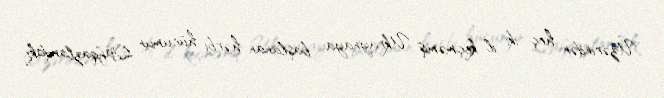
Üzərindən heç iki il keçməmiş Ukraynaya başlanan hərbi hücumun Qafqazlardakı